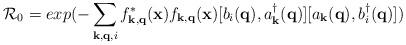
LaTeX: \begin{align*}{\mathcal{R}}_{0} =exp(-\sum_{ {\bf{k}}, {\bf{q}}, i }f^{*}_{ {\bf{k}}, {\bf{q}} }({\bf{x}})f_{ {\bf{k}}, {\bf{q}} }({\bf{x}})[b_{i}({\bf{q}}), a^{\dagger}_{ {\bf{k}} }({\bf{q}})][a_{ {\bf{k}} }({\bf{q}}), b^{\dagger}_{i}({\bf{q}})])\end{align*}